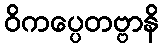
ဝိကပ္ပေတဗ္ဗာနိ